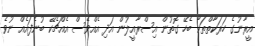
އީރާނުގެ ހަރަކާތްތަކާ ބެހޭ ގޮތުން އިސްރާއީލުން އަދި އެއްވެސް އެއްޗެކޭ ބުނެފައެއް ނުވެ